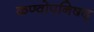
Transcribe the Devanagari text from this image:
कण्वोपनिषद्‌